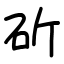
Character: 斫